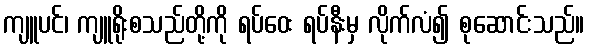
ကျူပင်၊ ကျူရိုးစသည်တို့ကို ရပ်ဝေး ရပ်နီးမှ လိုက်လံ၍ စုဆောင်းသည်။